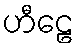
ဟီဠေ